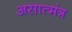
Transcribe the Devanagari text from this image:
असात्मंत्र